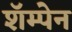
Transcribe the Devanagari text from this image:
शॅम्पेन